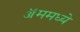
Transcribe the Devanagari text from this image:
ॲममध्ये